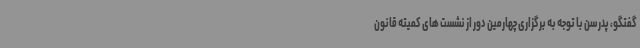
گفتگو، پدرسن با توجه به برگزاری چهارمین دور از نشست های کمیته قانون